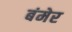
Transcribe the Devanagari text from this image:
बंमेर